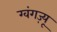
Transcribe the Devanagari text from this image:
ग्वंगज़्यू